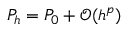
P _ { h } = P _ { 0 } + \mathcal { O } ( h ^ { p } )